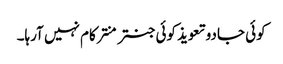
کوئی جادو تعویذ کوئی جنتر منتر کام نہیں آرہا۔